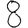
Digit: 8